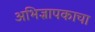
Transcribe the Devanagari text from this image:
अभिज्ञापकाचा